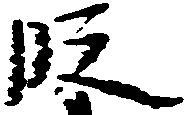
段